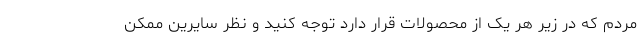
مردم که در زیر هر یک از محصولات قرار دارد توجه کنید و نظر سایرین ممکن